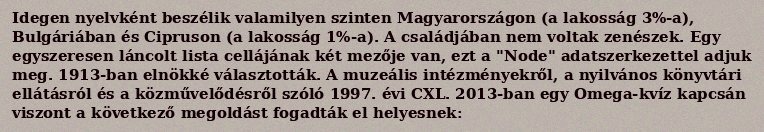
Idegen nyelvként beszélik valamilyen szinten Magyarországon (a lakosság 3%-a), Bulgáriában és Cipruson (a lakosság 1%-a). A családjában nem voltak zenészek. Egy egyszeresen láncolt lista cellájának két mezője van, ezt a "Node" adatszerkezettel adjuk meg. 1913-ban elnökké választották. A muzeális intézményekről, a nyilvános könyvtári ellátásról és a közművelődésről szóló 1997. évi CXL. 2013-ban egy Omega-kvíz kapcsán viszont a következő megoldást fogadták el helyesnek: